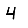
Digit: 4